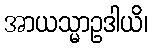
အာယသ္မာဥဒါယိ၊